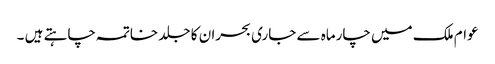
عوام ملک میں چارماہ سے جاری بحران کا جلد خاتمہ چاہتے ہیں ۔